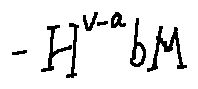
- H ^ { v - a } b M